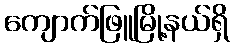
ကျောက်ဖြူမြို့နယ်ရှိ